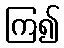
ကြ၍